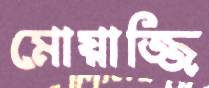
মোয়াজ্জি